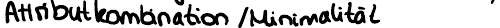
Attributkombination / Minimalität